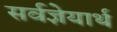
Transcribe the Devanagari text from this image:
सर्वज्ञेयार्थ